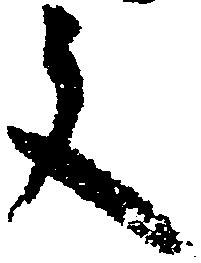
文